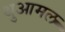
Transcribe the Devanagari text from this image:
थुआमल